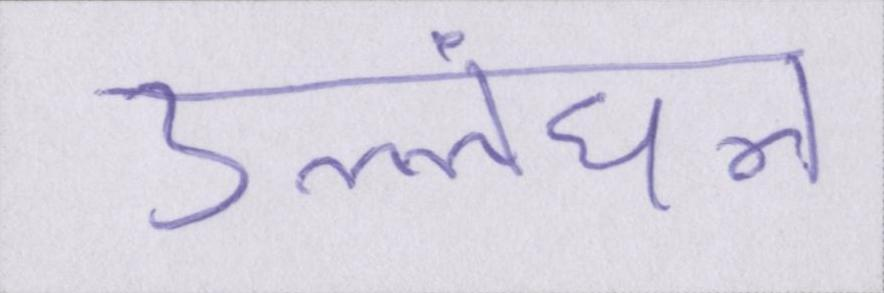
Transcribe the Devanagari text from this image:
उल्लंघन